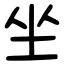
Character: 坐